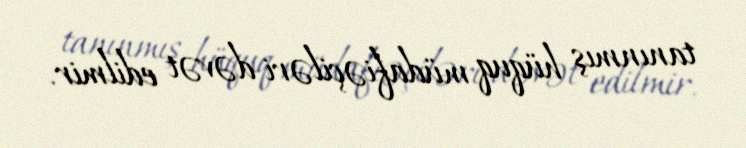
tanınmış hüquq müdafiəçiləri dəvət edilmir.